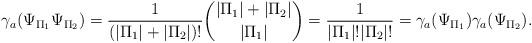
LaTeX: \begin{align*}\gamma_{ a}(\Psi_{\Pi_1}\Psi_{\Pi_2})=\frac1{(|\Pi_1|+|\Pi_2|)!}\binom{|\Pi_1|+|\Pi_2|}{|\Pi_1|}=\frac{1}{|\Pi_1|!|\Pi_2|!} =\gamma_{ a}(\Psi_{\Pi_1})\gamma_{ a}(\Psi_{\Pi_2}).\end{align*}